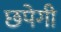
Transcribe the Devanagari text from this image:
छपेगी